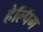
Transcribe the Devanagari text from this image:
हेल्पिंग